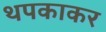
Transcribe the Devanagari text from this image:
थपकाकर